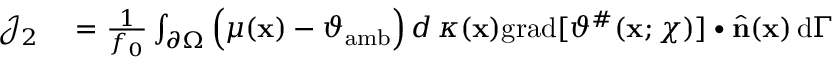
\begin{array} { r l } { \mathcal { J } _ { 2 } } & { { } = \frac { 1 } { f _ { 0 } } \int _ { \partial \Omega } \Big ( \mu ( \mathbf { x } ) - \vartheta _ { \mathrm { a m b } } \Big ) \, d \, \kappa ( \mathbf { x } ) \mathrm { g r a d } [ \vartheta ^ { \# } ( \mathbf { x } ; \chi ) ] \bullet \widehat { \mathbf { n } } ( \mathbf { x } ) \, \mathrm { d } \Gamma } \end{array}